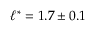
\ell ^ { * } = 1 . 7 \pm 0 . 1